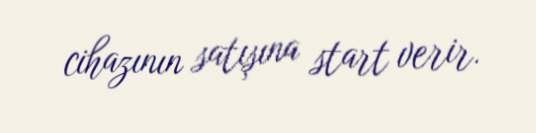
cihazının satışına start verir.